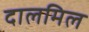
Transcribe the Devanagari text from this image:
दालमिल